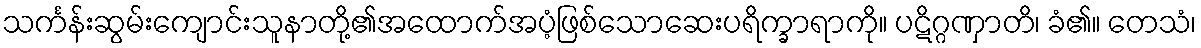
သင်္ကန်းဆွမ်းကျောင်းသူနာတို့၏အထောက်အပံ့ဖြစ်သောဆေးပရိက္ခာရာကို။ ပဋိဂ္ဂဏှာတိ၊ ခံ၏။ တေသံ၊